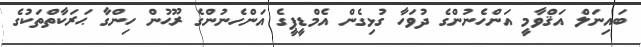
ބައިނަލް އަޤްވާމީ އަންހެނުންގެ ދުވަހާ ގުޅިގެން އެމްޑީޕީގެ އަންހެނުންގެ ރޫޙުން ހިންގާ ޙަރަކާތްތަކުގެ